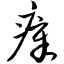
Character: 瘴